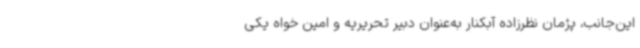
این‌جانب، پژمان نظرزاده آبکنار به‌عنوان دبیر تحریریه و امین خواه یکی